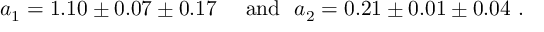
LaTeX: \begin{array} { c c c } { { a _ { 1 } = 1 . 1 0 \pm 0 . 0 7 \pm 0 . 1 7 } } & { { \ \mathrm { a n d } \ \ a _ { 2 } = 0 . 2 1 \pm 0 . 0 1 \pm 0 . 0 4 \ . } } \end{array}